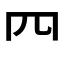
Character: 𦉪